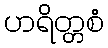
ဟရိတ္တစံ